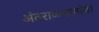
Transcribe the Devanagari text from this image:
अंतराळयानांना